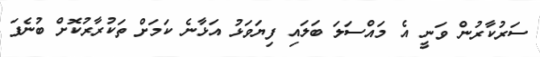
ސަރުކާރުން ވަނީ އެ މައްސަލަ ބަލައި ފިޔަވަޅު އަޅާނެ ކަމަށް ތަކުރާރުކޮށް ބުނެފަ